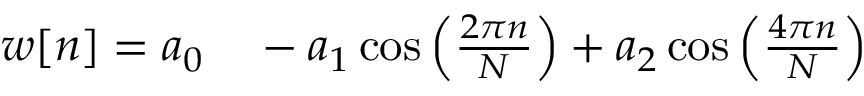
\begin{array} { r l } { w [ n ] = a _ { 0 } } & { { } { } - a _ { 1 } \cos \left( { \frac { 2 \pi n } { N } } \right) + a _ { 2 } \cos \left( { \frac { 4 \pi n } { N } } \right) } \end{array}